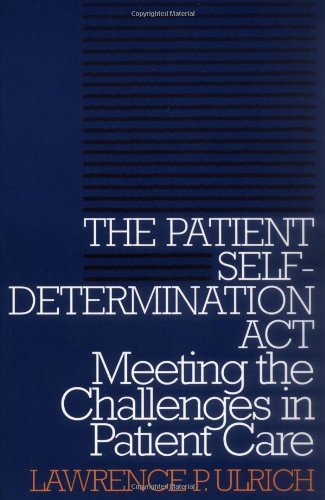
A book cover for The Patient Self-Determination Act: Meeting the Challenges in Patient Care (Clinical Medical Ethics); Lawrence Ulrich; Law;